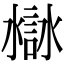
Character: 𧩁